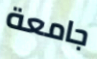
جامعة